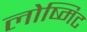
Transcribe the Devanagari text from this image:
लोष्मिट